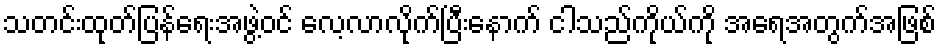
သတင်းထုတ်ပြန်ရေးအဖွဲ့ဝင် လေ့လာလိုက်ပြီးနောက် ငါသည်ကိုယ်ကို အရေအတွက်အဖြစ်